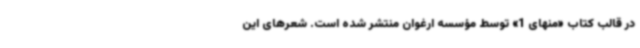
در قالب کتاب «منهای 1» توسط مؤسسه ارغوان منتشر شده است. شعرهای این